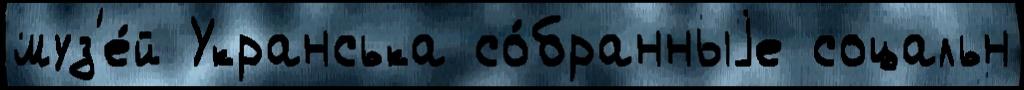
муз'е́й Укранська со́бранныjе соцальн